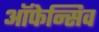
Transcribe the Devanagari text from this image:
ऑफेन्सिव